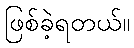
ဖြစ်ခဲ့ရတယ်။